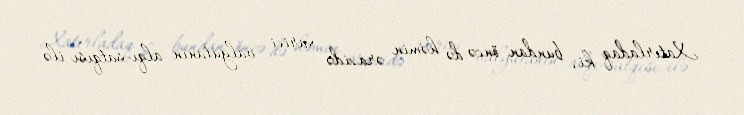
Xatırladaq ki, bundan öncə də həmin ərazidə xarici valyutanın alqı-satqısı ilə